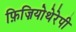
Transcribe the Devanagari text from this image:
फ़िज़ियोथेरेपी